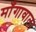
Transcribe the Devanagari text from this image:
माँगावाला